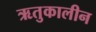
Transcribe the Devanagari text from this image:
ऋतुकालीन